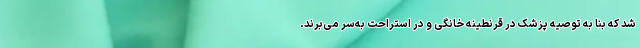
شد که بنا به توصیه پزشک در قرنطینه خانگی و در استراحت به‌سر می‌برند.